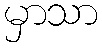
မှာသာ